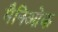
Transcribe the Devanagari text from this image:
मैनिओक